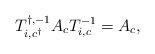
LaTeX: \begin{align*}T_{i, c^\dagger}^{\dagger, -1}A_cT_{i, c}^{-1} = A_c,\end{align*}